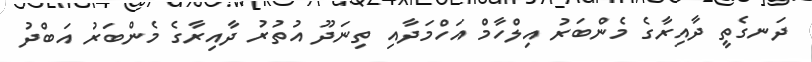
ދަނގެތީ ދާއިރާގެ މެންބަރު އިލްހާމް އަހްމަދާއި ތިނަދޫ އުތުރު ދާއިރާގެ މެންބަރު އަބްދު